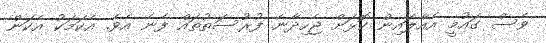
ވެސް ގައުމީ އެއާލައިން ކޮޅަށް ޖެހިދާނެ ފުރުސަތުތައް ފެނެ އެވެ. އެކަމަކު އެކަން